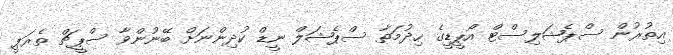
އިތުރުން ސްޕެޝަލިސްޓް އޯޕީޑީގެ ހިދުމަތާ ސްޕެޝަލް ނީޑް ކުދިންނަށް ބޭނުންވާ ސްޕީޗް ތެރަޕީ